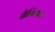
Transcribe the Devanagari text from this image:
बैबिंटन